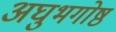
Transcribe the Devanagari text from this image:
अघुभगोष्ठ